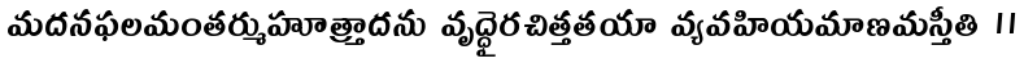
మదనఫలమంతర్ముహూత్ర్తాదను వృద్ధైరచిత్తతయా వ్యవహియమాణమస్తీతి ॥